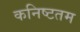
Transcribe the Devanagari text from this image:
कनिष्टतम